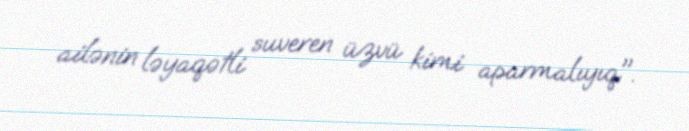
ailənin ləyaqətli suveren üzvü kimi aparmalıyıq".